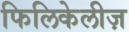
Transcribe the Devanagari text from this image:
फिलिकेलीज़